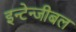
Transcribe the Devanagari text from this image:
इन्टेन्जीबल